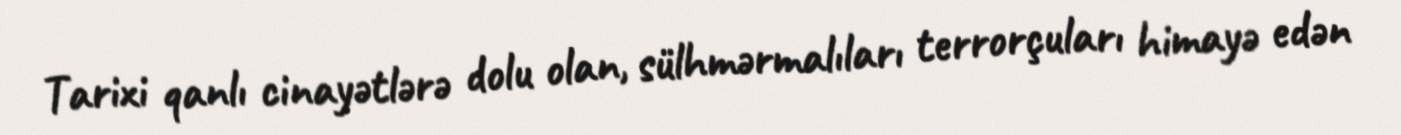
Tarixi qanlı cinayətlərə dolu olan, sülhmərmalıları terrorçuları himayə edən